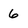
Character: 6